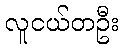
လူငယ်တဦး